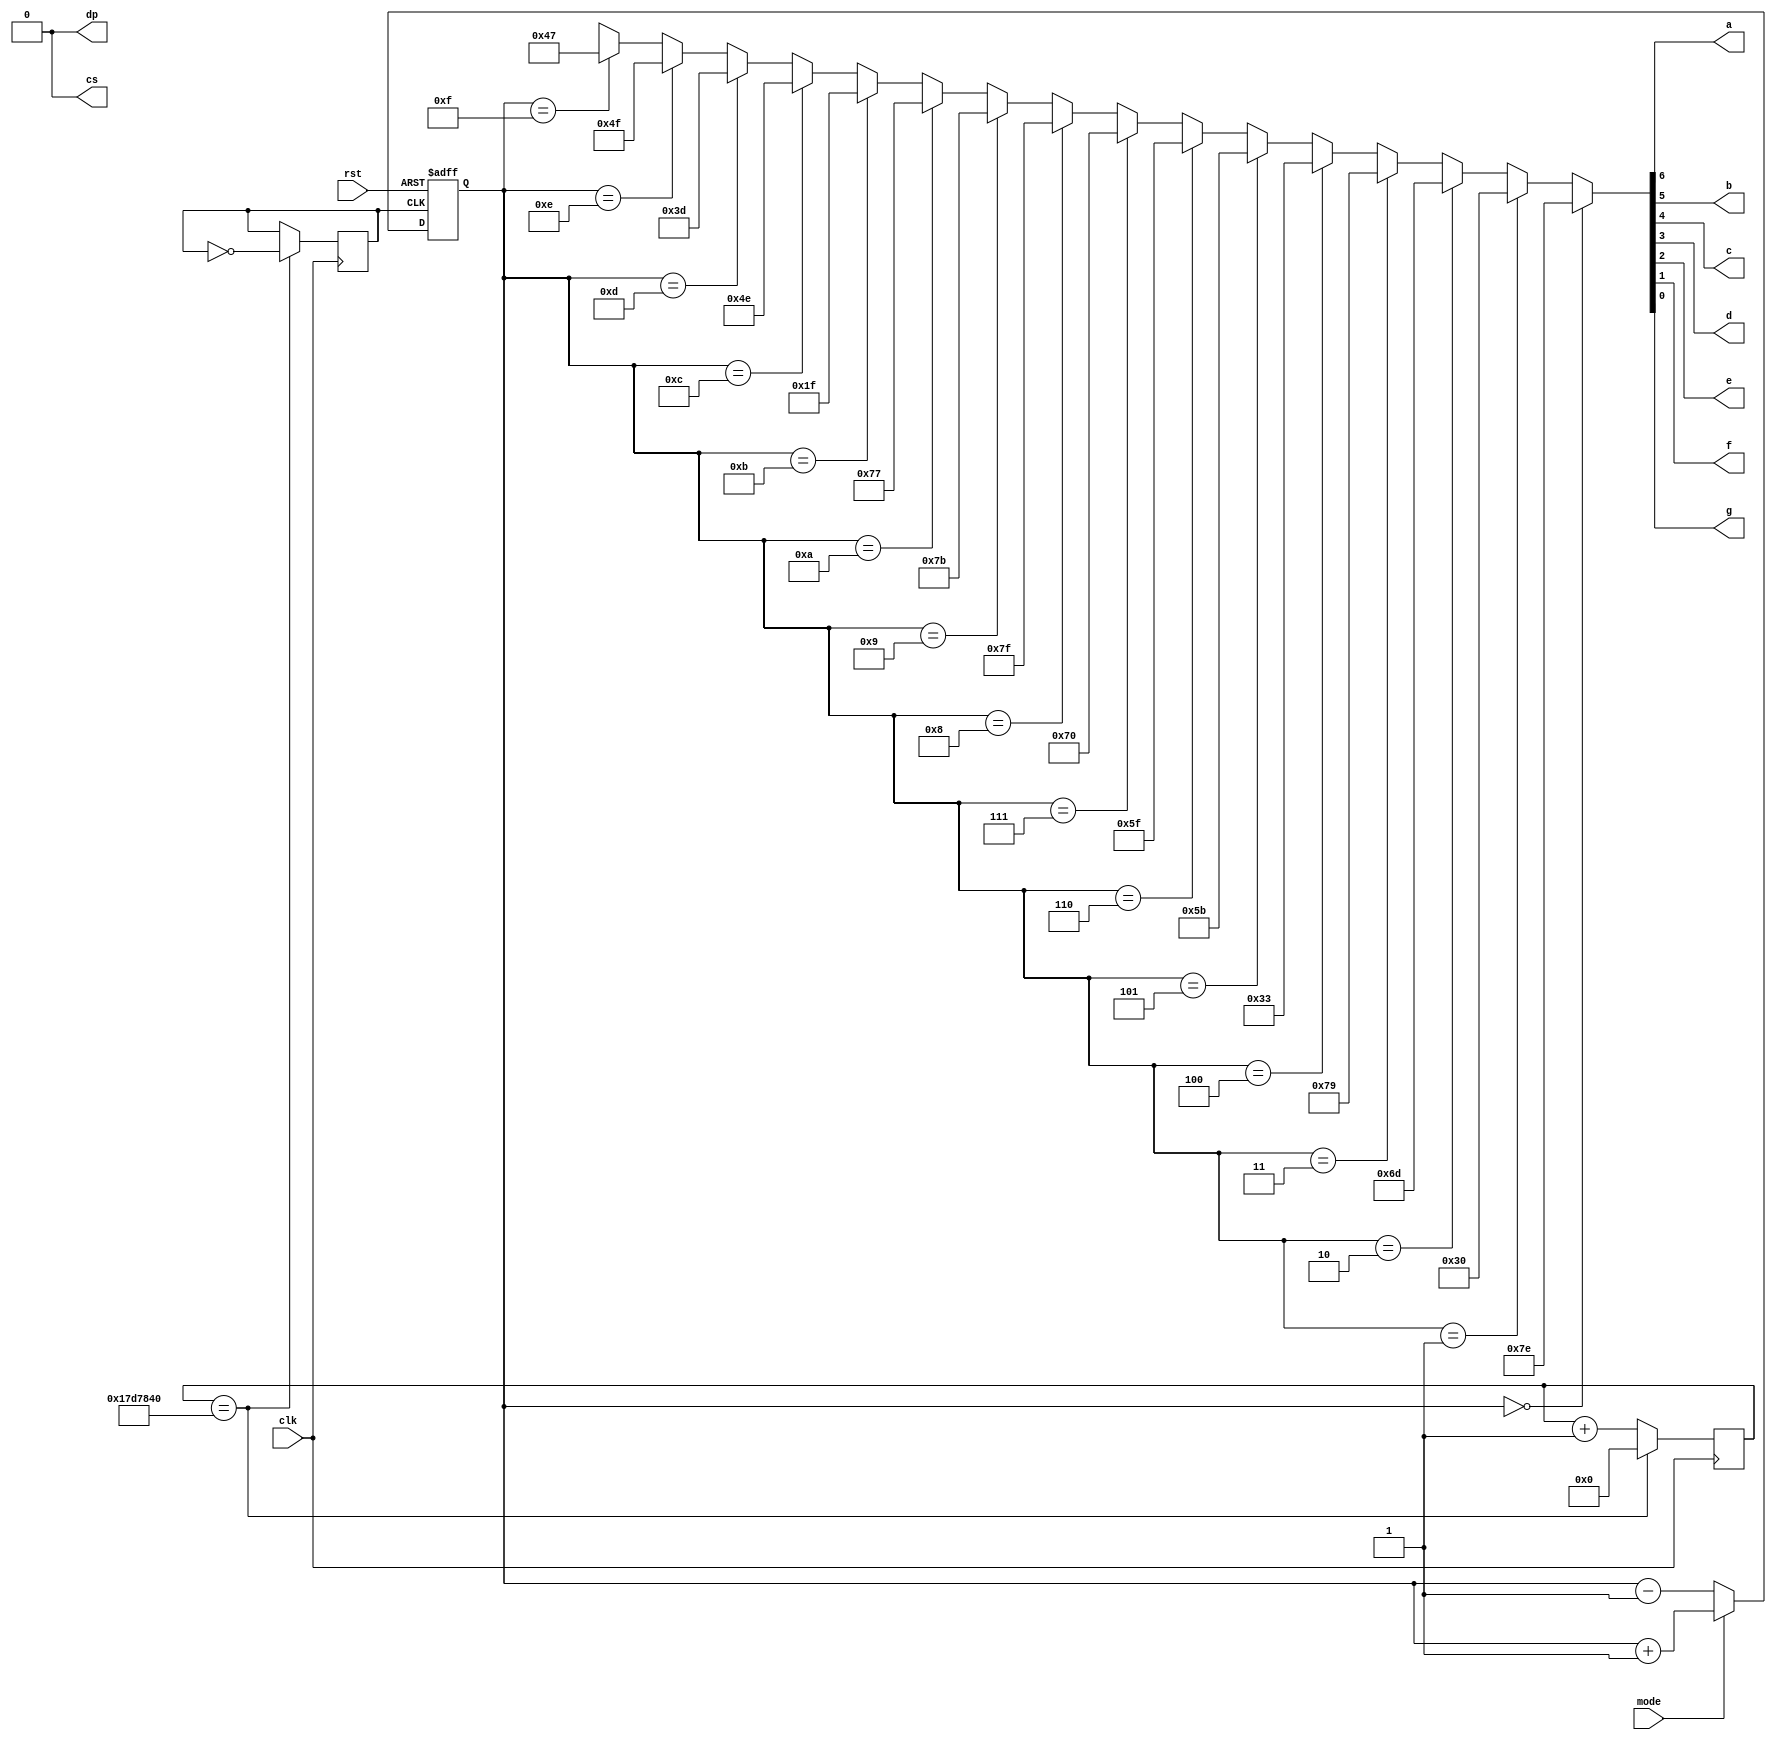
module counter_b(clk,rst,mode,cs,a,b,c,d,e,f,g,dp);
	output a,b,c,d,e,f,g,dp;
	output cs;
	input clk,rst;
	input mode;

	wire cs;
	wire a,b,c,d,e,f,g,dp;
	reg [3:0] count;
	reg clk_reg;
	reg [31:0] clk_cnt;

	initial
	begin
		clk_cnt <= 0;
	end

	assign cs = 0;

	always@(posedge clk)
	begin
		if(clk_cnt == 32'd25000000)
		begin
			clk_reg <= ~clk_reg;
			clk_cnt <= 0;
		end
		else
			clk_cnt <= clk_cnt + 1;
	end

	always@(posedge clk_reg or negedge rst)
	begin
		if(!rst)
			count <= 0;
		else
		begin
			if(mode)
				count <= count + 1;
			else
				count <= count - 1;
		end
	end

	assign dp = 0;
	assign {a,b,c,d,e,f,g} = cs ? 7'bx :
		(count == 4'h0) ? 7'b1111110 :
		(count == 4'h1) ? 7'b0110000 :
		(count == 4'h2) ? 7'b1101101 :
		(count == 4'h3) ? 7'b1111001 :
		(count == 4'h4) ? 7'b0110011 :
		(count == 4'h5) ? 7'b1011011 :
		(count == 4'h6) ? 7'b1011111 :
		(count == 4'h7) ? 7'b1110000 :
		(count == 4'h8) ? 7'b1111111 :
		(count == 4'h9) ? 7'b1111011 :
		(count == 4'hA) ? 7'b1110111 :
		(count == 4'hB) ? 7'b0011111 :
		(count == 4'hC) ? 7'b1001110 :
		(count == 4'hD) ? 7'b0111101 :
		(count == 4'hE) ? 7'b1001111 :
		(count == 4'hF) ? 7'b1000111 :
		7'bx;

endmodule